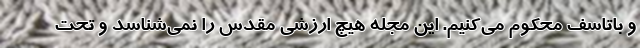
و باتاسف محکوم می‌کنیم. این مجله هیچ ارزشی مقدس را نمی‌شناسد و تحت